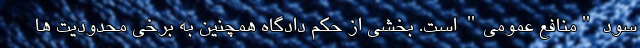
سود "منافع عمومی" است. بخشی از حکم دادگاه همچنین به برخی محدودیت ها